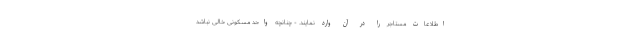
اطلاعات مستاجر را در آن وارد نمایند. - چنانچه واحد مسکونی خالی نباشد